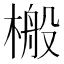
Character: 㮽